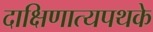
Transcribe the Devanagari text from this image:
दाक्षिणात्यपथके